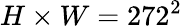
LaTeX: H\times W=272^{2}